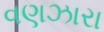
વણઝારા